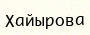
Хайырова